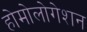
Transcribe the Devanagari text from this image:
होमोलोगेशन